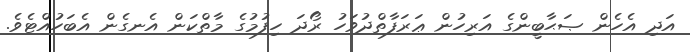
އަދި އެހެން ޞަޙާބީންގެ އަރިހުން ޢަރަފާތްދުވަހު ރޯދަ ހިފުމުގެ މާތްކަން އެނގެން އެބަހުއްޓެވެ.